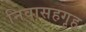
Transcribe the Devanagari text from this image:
निवासहगृह